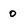
Character: 0